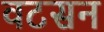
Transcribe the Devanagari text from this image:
वटसन